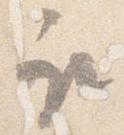
取